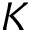
K